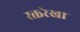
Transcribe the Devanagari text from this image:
रक्तरेखा